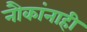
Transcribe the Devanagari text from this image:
नौकांनाही